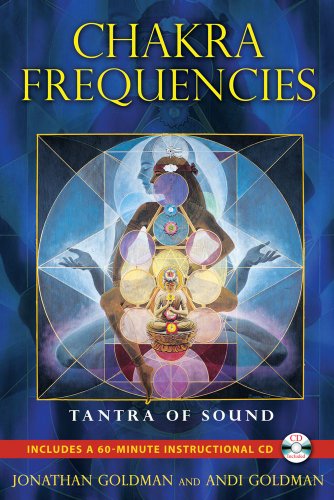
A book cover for Chakra Frequencies: Tantra of Sound; Jonathan Goldman; Religion & Spirituality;